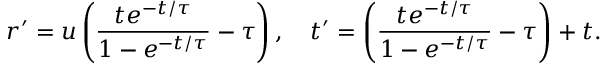
\boldsymbol { r } ^ { \prime } = \boldsymbol { u } \left( \frac { t e ^ { - t / \tau } } { 1 - e ^ { - t / \tau } } - \tau \right) , \quad t ^ { \prime } = \left( \frac { t e ^ { - t / \tau } } { 1 - e ^ { - t / \tau } } - \tau \right) + t .